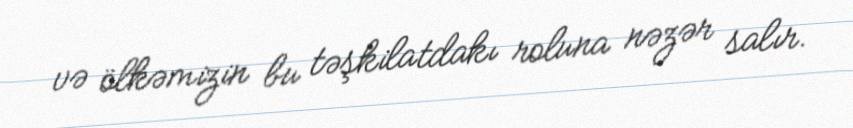
və ölkəmizin bu təşkilatdakı roluna nəzər salır.